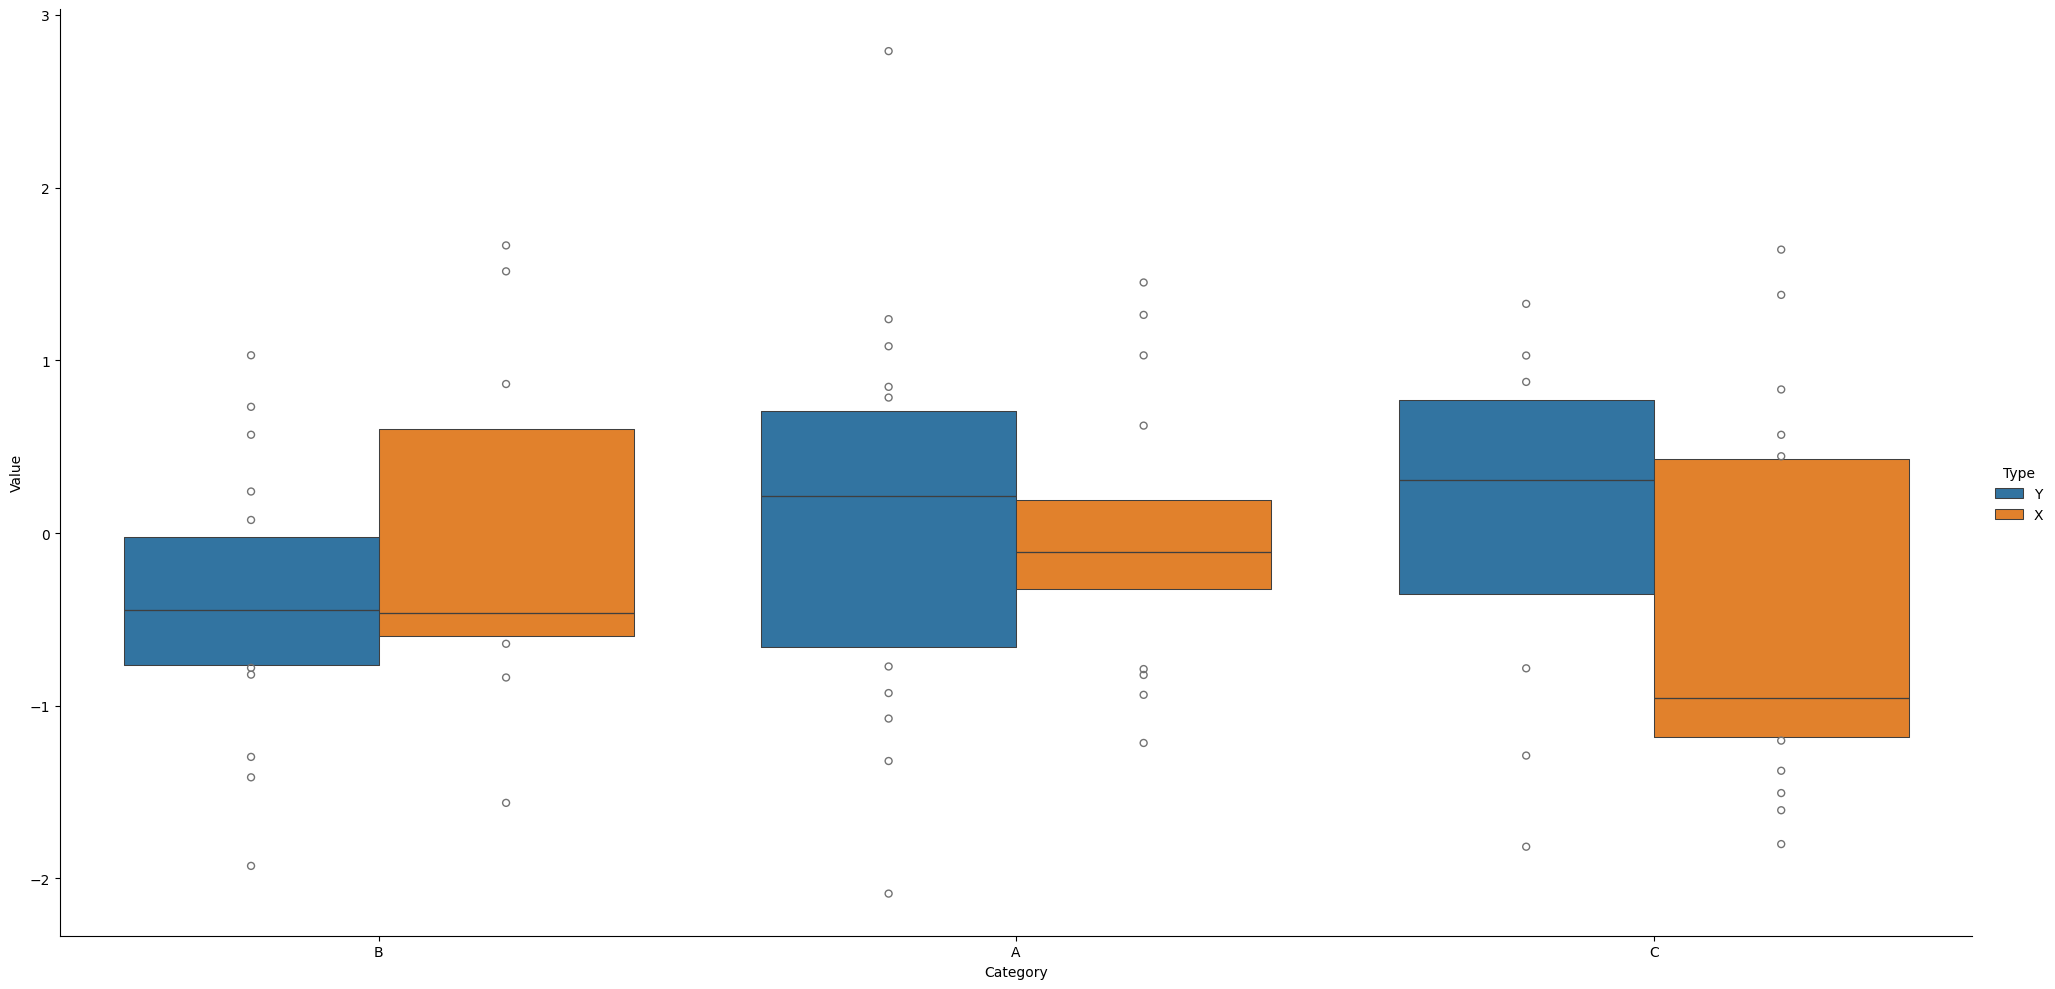
python, seaborn, catplot, kind='boxen', height=10, aspect=2